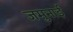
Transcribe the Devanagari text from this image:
जमुनाई